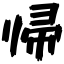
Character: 帰